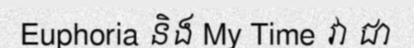
Euphoria និង My Time វា ជា